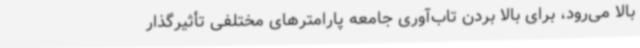
بالا می‌رود، برای بالا بردن تاب‌آوری جامعه پارامترهای مختلفی تأثیرگذار